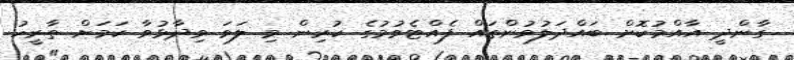
ގާންދީ އާއްމުކޮށް ބައްދަލުވުންތައް ފެއްޓެވުމުގެ ކުރިން މި ލަވަ ވިދާޅުވާ ކަމަށް ތާރީހު